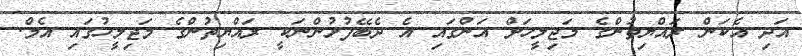
އަދި އެކަން ރައްޔިތުންގެ މަޖިލީހަށް އަންގައި އެ ދެބޭފުޅުންނަކީ ރައްޔިތުންގެ މަޖިލީހުގައި އެމް.